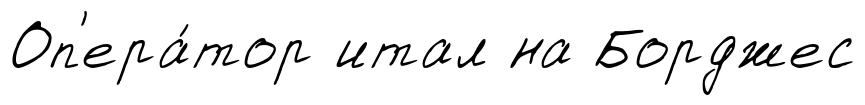
Оп'ера́тор итал на Борджес